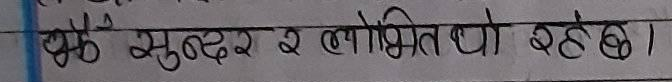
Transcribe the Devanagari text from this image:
छै सुन्दर र लोभितथ्यो रहेछ।